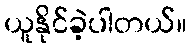
ယူနိုင်ခဲ့ပါတယ်။